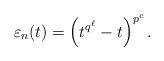
LaTeX: \begin{align*}\varepsilon_n(t)=\left(t^{q^\ell}-t \right)^{p^c}.\end{align*}